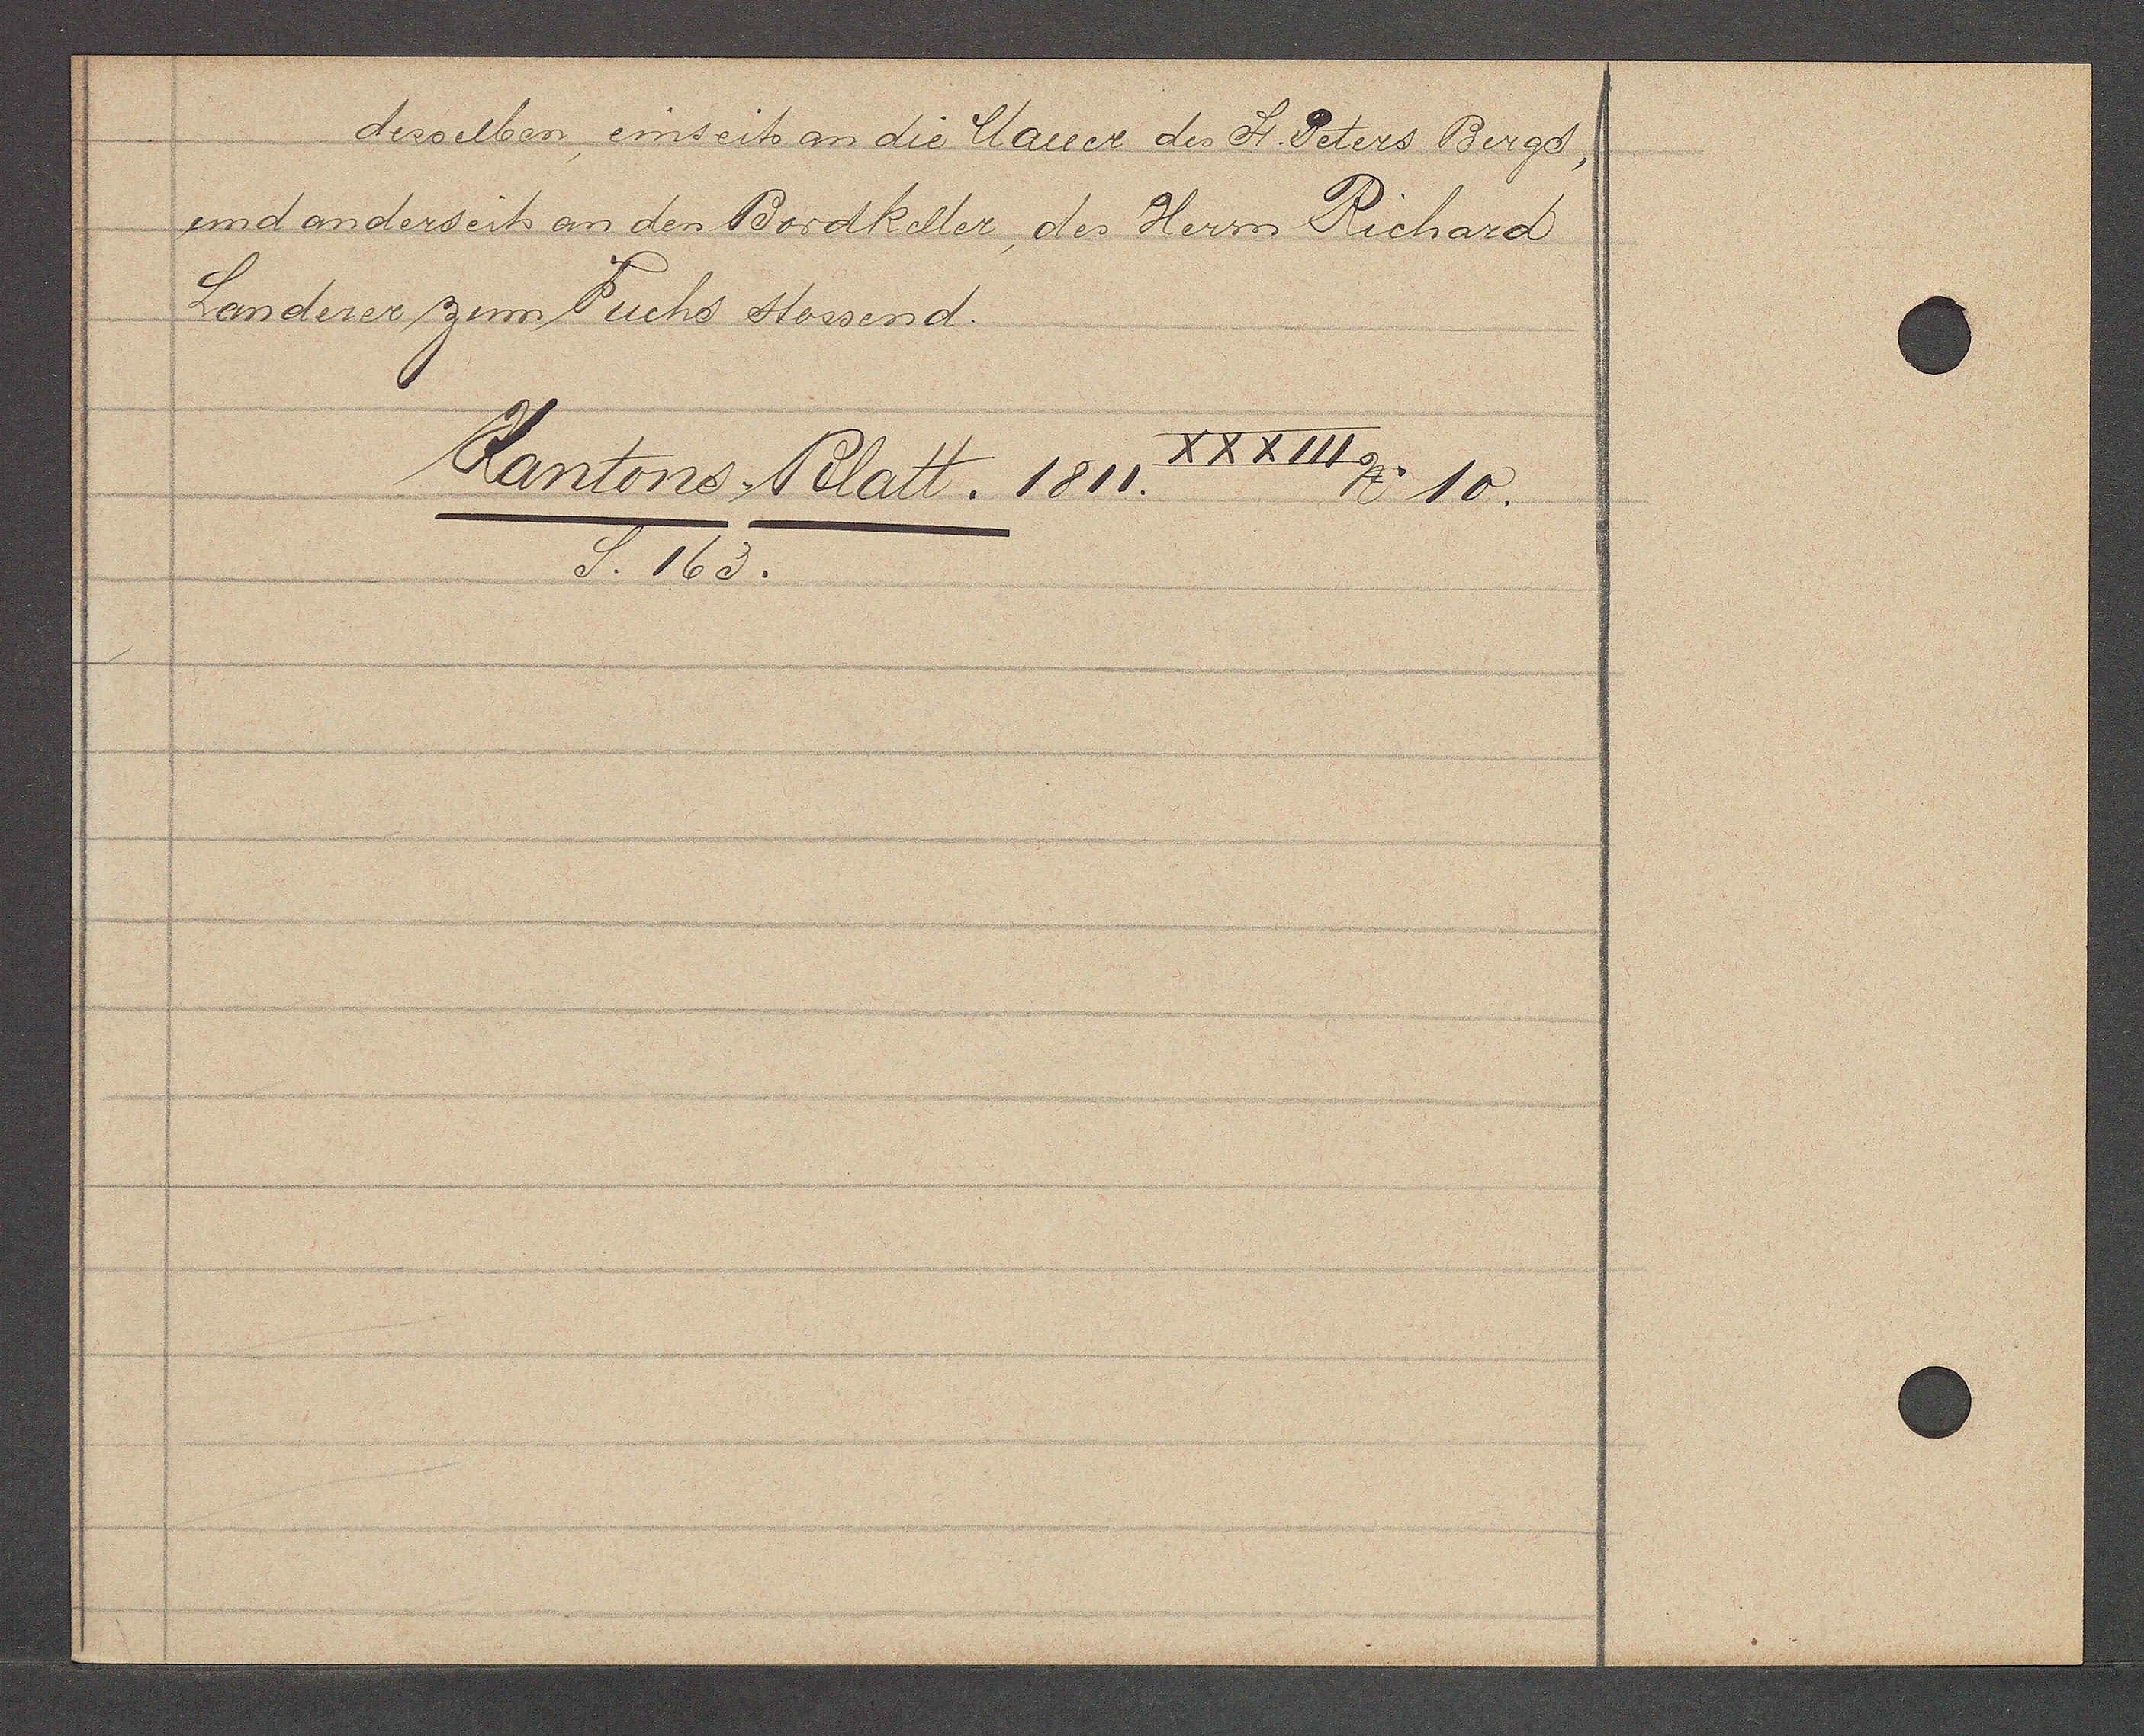
Transcript:
desselben, einseits an die Mauer des St. Peters Bergd,
und anderseits an den Bordkeller, des Herrn Richard
Lenderer zum Fuchs stossend.

Kantons. Blatt. 1811. XXXIII
No 10.
S. 163.